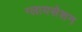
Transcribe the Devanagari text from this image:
ग्लायसेशन